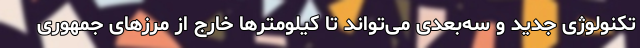
تکنولوژی جدید و سه‌بعدی می‌تواند تا کیلومترها خارج از مرزهای جمهوری